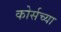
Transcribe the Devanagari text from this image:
कोर्सच्या